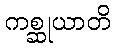
ကစ္ဆုယာတိ